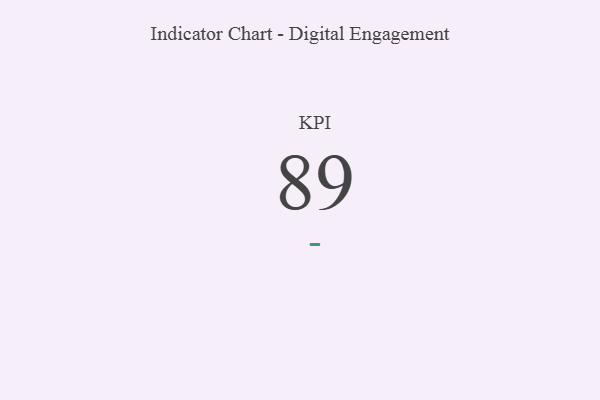
{"axis": {"x": "KPI", "y": "Value"}, "legend": [""], "data": [{"x": "KPI", "y": 89, "type": ""}]}